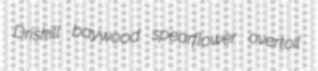
Driskill baywood spearflower overtoil